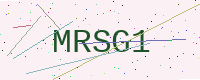
Text: MRSG1